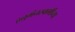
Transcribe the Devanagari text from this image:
हनुमंनस्वामींच्या